Civil Veterinary Department Bengal reports 1933-51 - 1933-1951
Year: 1933
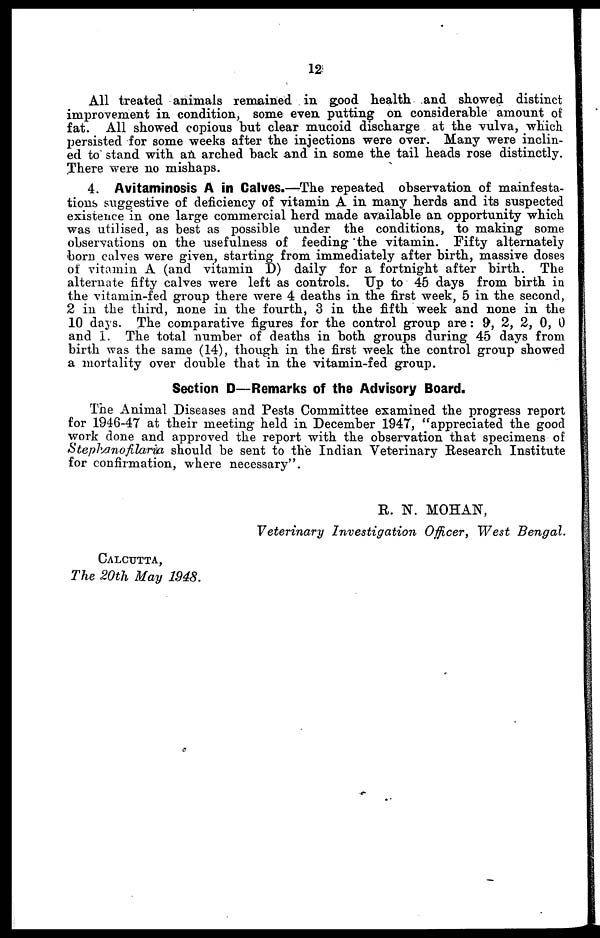
12
All treated animals remained in good health and showed distinct
improvement in condition, some even putting on considerable amount of
fat. All showed copious but clear mucoid discharge at the vulva, which
persisted for some weeks after the injections were over. Many were inclin-
ed to stand with an arched back and in some the tail heads rose distinctly.
There were no mishaps.
4. Avitaminosis A in Calves.—The repeated observation of manifesta-
tions suggestive of deficiency of vitamin A in many herds and its suspected
existence in one large commercial herd made available an opportunity which
was utilised, as best as possible under the conditions, to making some
observations on the usefulness of feeding the vitamin. Fifty alternately
born calves were given, starting from immediately after birth, massive doses
of vitamin A (and vitamin D) daily for a fortnight after birth. The
alternate fifty calves were left as controls. Up to 45 days from birth in
the vitamin-fed group there were 4 deaths in the first week, 5 in the second,
2 in the third, none in the fourth, 3 in the fifth week and none in the
10 days. The comparative figures for the control group are: 9, 2, 2, 0, 0
and 1. The total number of deaths in both groups during 45 days from
birth was the same (14), though in the first week the control group showed
a mortality over double that in the vitamin-fed group.
Section D—Remarks of the Advisory Board.
The Animal Diseases and Pests Committee examined the progress report
for 1946-47 at their meeting held in December 1947, "appreciated the good
work done and approved the report with the observation that specimens of
Stepkanofilaria should be sent to the Indian Veterinary Research Institute
for confirmation, where necessary".
R. N. MOHAN,
Veterinary Investigation
Officer, West
Bengal.
CALCUTTA,
The 20th May 1948.